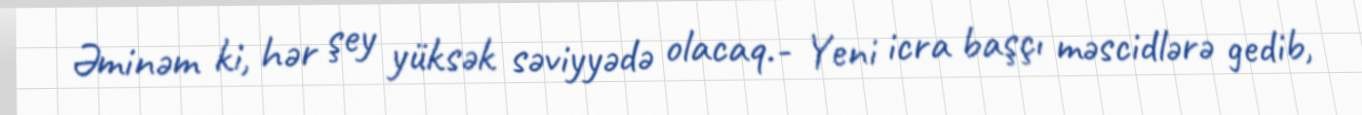
Əminəm ki, hər şey yüksək səviyyədə olacaq.- Yeni icra başçı məscidlərə gedib,